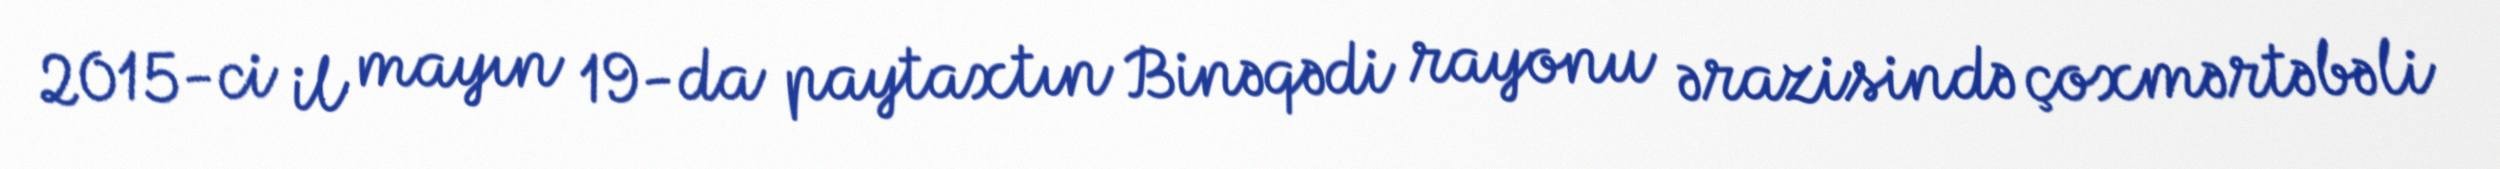
2015-ci il mayın 19-da paytaxtın Binəqədi rayonu ərazisində çoxmərtəbəli